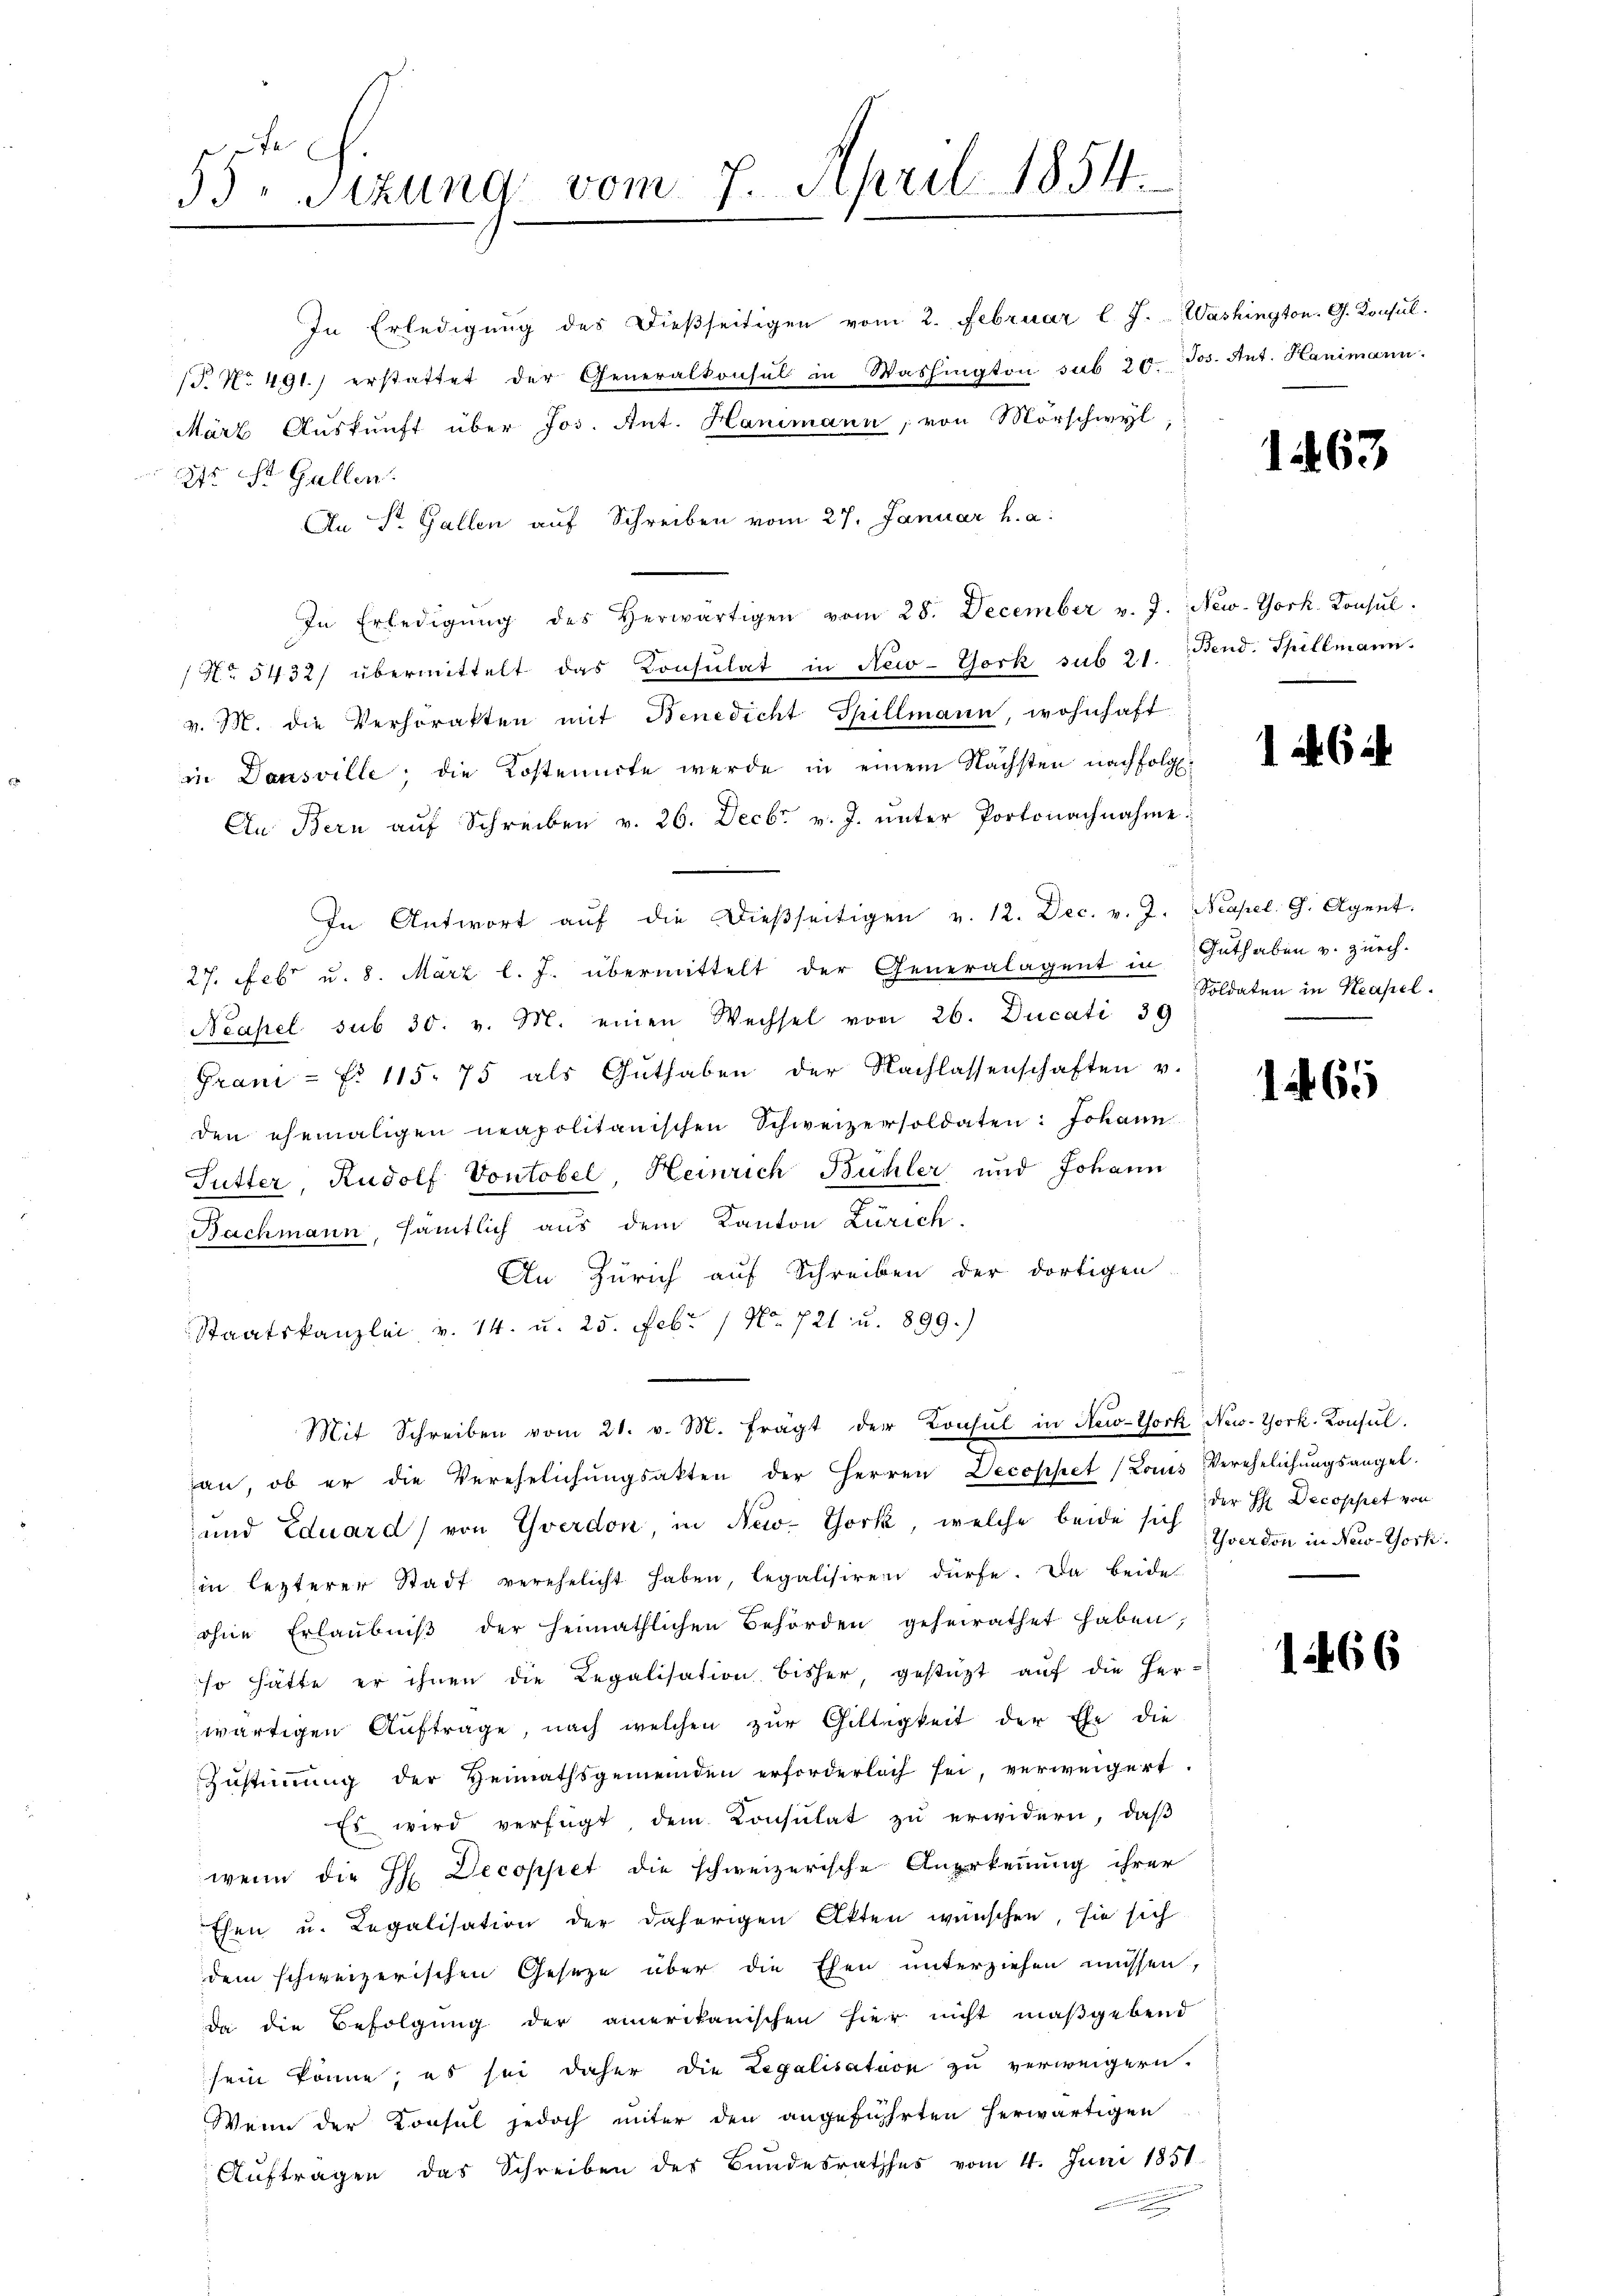
55 Sizung vom 7. April 1854.

In Erledigung des dießseitigen vom 2. Februar l. J. Washington. G. Konsul-
T. No. 491. erstattet der Generalkonsul in Washington sub 20. Jos. Ant. Hanimann.
März Aŭskŭnft über Jos. Ant. Hanimann, von Morschwyl,
2te St. Gallen.
An St. Gallen auf Schreiben vom 27. Januar h. a.
In Erledigŭng des herwärtigen vom 28. December v. J. New-York. Konsul
No 5432/ übermittelt das Konsulat in New-York sub 21. Bend. Spillmann.
v. M. die Verhörakten mit Benedicht Spillmann, wohnhaft
in Dansville; die Kostennote werde in einem Nächsten nachfolg
An Bern aŭf Schreiben v. 26. Decbr. v. J. ŭnter Portonachnahme.
In Antwort aŭf die Dieβseitigen v. 12. Dec. v. J. Neapel. G. Agent.
27. Febr u. 8. März l. J. übermittelt der Generalagent in Guthaben v. Zürch-
Neapel sub 30. v. M. einen Wechsel vom 26. Ducati 39
Grani- f. 115. 75 als Guthaben der Nachlassenschaften v.
den ehemaligen neapolitanischen Schweizersoldaten: Johann
Sutter, Rudolf Vontobel, Heinrich Bühler und Johann
Bachmann, sämtlich aus dem Kanton Zürich.
An Zürich auf Schreiben der dortigen
Staatskanzlei v. 14. u. 25. Febr. 1 No 721 u. 899.)
Mit Schreiben vom 21. v. M. frägt der Konsul in New-York New-York, Konsul
an, ob er die Verehelichŭngsakten der Herren Decoppet (Louis Verehelichŭngsangel-
und Eduard von Yverdon in New-York, welche beide sich der H. Decoppet von
in lezterer Stadt verehelicht haben, legalisiren dürfe. Da beide
ohne Erlaŭbniβ der Heimathlichen Behörden geheirathet haben,
so hätte er ihnen die Regalisation bisher, gestüzt auf die Her-
wärtigen Auftrage, nach welchen zur Giltigkeit der Ehe die
Zustimmung der Heimathsgemeinden erforderlich sei, verweigert.
Es wird verfügt, dem Consulat zu erwidern, daß
wenn die H. Decoppet die schweizerische Anerkennung ihrer
Ehen u. Regalisation der daherigen Akten wünschen, sie sich
dem schweizerischen Gesetze über die Ehen unterziehen müssen,
Da die Befolgung der amerikanischen hier nicht maßgebend
sein könne; es sei daher die Legalisation zu verweigern.
Wenn der Konsul jedoch unter den angeführten herwärtigen
Auftragen das Schreiben des Bundesrathes vom 4. Juni 1851
.

1463

1246. 2

Soldaten in Neapel.

1265

Yverdon in New-York.

1266